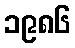
၁၉၈၆